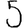
Digit: 5